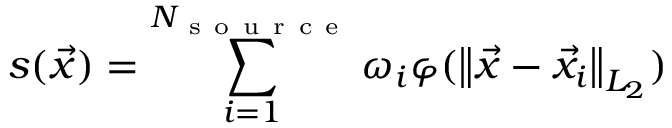
s ( \vec { x } ) = \sum _ { i = 1 } ^ { N _ { \mathrm { ~ s ~ o ~ u ~ r ~ c ~ e ~ } } } \omega _ { i } \varphi ( \left\lVert \vec { x } - \vec { x } _ { i } \right\rVert _ { L _ { 2 } } )